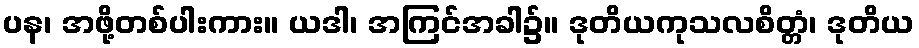
ပန၊ အဖို့တစ်ပါးကား။ ယဒါ၊ အကြင်အခါ၌။ ဒုတိယကုသလစိတ္တံ၊ ဒုတိယ